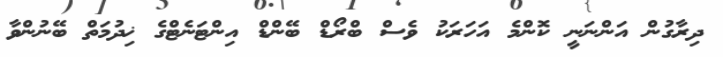
ދިރާގުން އަންނަނީ ކޮންމެ އަހަރަކު ވެސް ބްރޯޑް ބޭންޑް އިންޓަނެޓްގެ ޚިދުމަތް ބޭނުންވާ